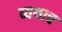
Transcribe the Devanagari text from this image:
व्यथाच